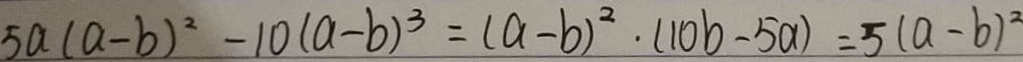
5 a ( a - b ) ^ { 2 } - 1 0 ( a - b ) ^ { 3 } = ( a - b ) ^ { 2 } \cdot ( 1 0 b - 5 a ) = 5 ( a - b ) ^ { 2 }